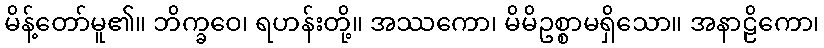
မိန့်တော်မူ၏။ ဘိက္ခဝေ၊ ရဟန်းတို့။ အဿကော၊ မိမိဥစ္စာမရှိသော။ အနာဠိကော၊